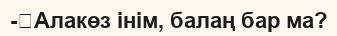
-	Алакөз інім, балаң бар ма?